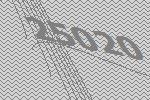
25020